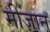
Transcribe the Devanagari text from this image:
मीज़ान